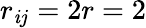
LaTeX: r_{\mathit{i}j}=2r=2